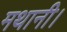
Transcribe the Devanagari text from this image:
मथानी।